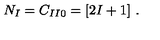
N _ { I } = C _ { I I 0 } = [ 2 I + 1 ] \ .